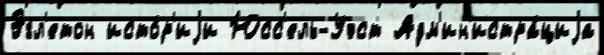
Эгл'етон исто́р'иjи Юсс'ель-Уэст Адм'ин'истра́циjа